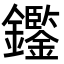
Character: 𨯿